Civil Veterinary Department Bihar & Orissa reports 1929-36 - 1929-1936
Year: 1929
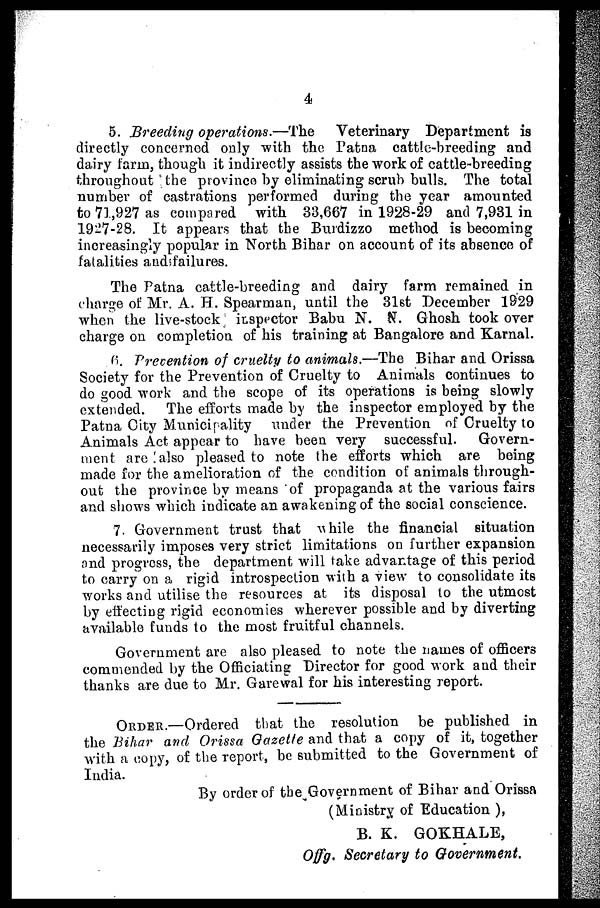
4
5. Breeding operations.—The
Veterinary Department is
directly concerned only with the Patna cattle-breeding and
dairy farm, though it indirectly assists the work of cattle-breeding
throughout the province by eliminating scrub bulls. The total
number of castrations performed during the year amounted
to 71,927 as compared with 33,667 in 1928-29 and 7,931 in
1927-28. It appears that the Burdizzo method is becoming
increasingly popular in North Bihar on account of its absence of
fatalities and failures.
The Patna cattle-breeding and dairy farm remained in
charge of Mr. A. H. Spearman, until the 3lst December 1929
when the live-stock inspector Babu N. N. Ghosh took over
charge on completion of his training at Bangalore and Karnal.
6 Precention of cruelty to animals.—The Bihar and. Orissa
Society for the Prevention of Cruelty to Animals continues to
do good work and the scope of its operations is being slowly
extended. The efforts made by the inspector employed by the
Patna City Municipality under the Prevention of Cruelty to
Animals Act appear to have been very successful.
Govern-
ment are!also pleased to note the efforts which are being
made for the amelioration of the condition of animals through-
out the province by means of propaganda at the various fairs
and shows which indicate an awakening of the social conscience.
7. Government trust that while the financial situation
necessarily imposes very strict limitations on further expansion
and progress, the department will take advantage of this period
to carry on a rigid introspection with a view to consolidate its
works and utilise the resources at its disposal to the utmost
by effecting rigid economies wherever possible and by diverting
available funds to the most fruitful channels.
Government are also pleased to note the names of officers
commended by the Officiating Director for good work and their
thanks are due to Mr. Garewal for his interesting report.
ORDER.—Ordered that the resolution be published in
the Bihar and Orissa Gazette and that a copy of it, together
with a copy, of the report, be submitted to the Government of
India.
By order of the Government of Bihar and Orissa
(Ministry of Education ),
B. K. GOKHALE,
Offg. Secretary to Government.